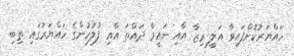
ހައްޔަރުކޮށްފައިވާ އަލީ ރިޒާ އާއި ނައީމާ ދައްތަ އާއި ފުލުހުންގެ ހައްޔަރުގައި ތިބި